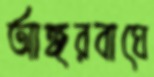
আঙ্গরবাঘে